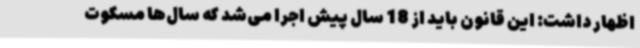
اظهار داشت: این قانون باید از 18 سال پیش اجرا می‌شد که سال‌ها مسکوت